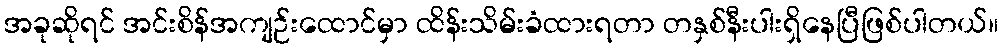
အခုဆိုရင် အင်းစိန်အကျဉ်းထောင်မှာ ထိန်းသိမ်းခံထားရတာ တနှစ်နီးပါးရှိနေပြီဖြစ်ပါတယ်။